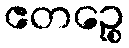
ဧတဉ္စေ